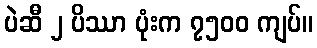
ပဲဆီ ၂ ပိဿာ ပုံးက ၇၅၀၀ ကျပ်။